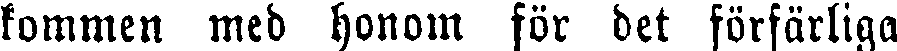
kommen med honom för det förfärliga